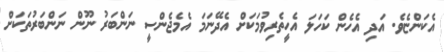
އެކަންޏެވެ. އަދި އެހެން ކަހަލަ އެހީތެރިވުމަކަށް އެދޭނަމަ އެމެޖެންސީ ނަންބަރު ނޫން ނަންބަރުތަކަށް